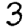
Digit: 3